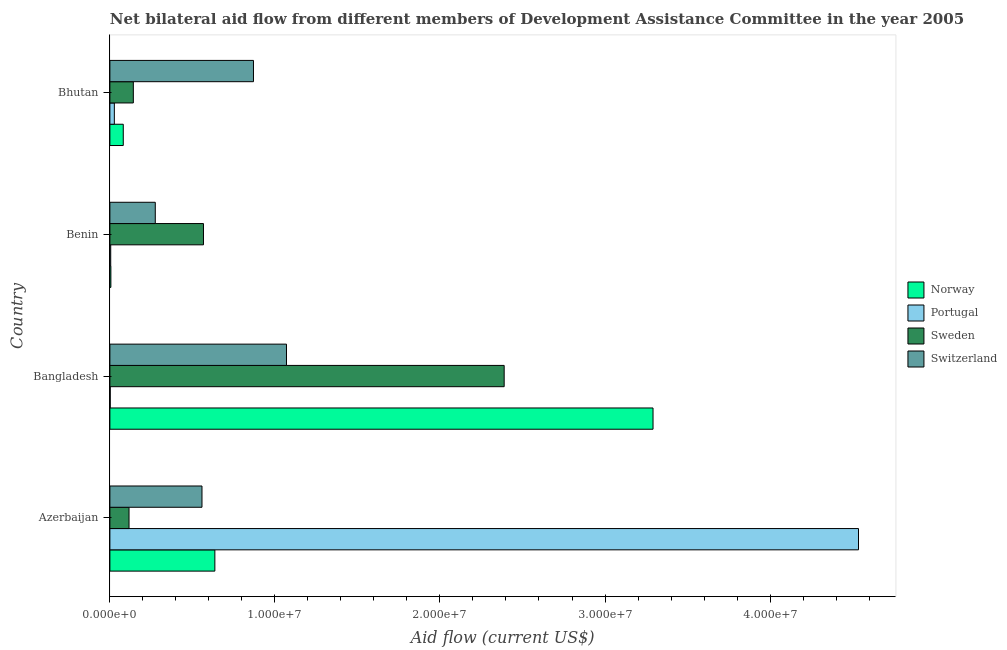
| Country | Norway | Portugal | Sweden | Switzerland |
 | --- | --- | --- | --- | --- |
 | Azerbaijan | 6.36e+06 | 4.54e+07 | 1.16e+06 | 5.58e+06 |
 | Bangladesh | 3.29e+07 | 2e+04 | 2.39e+07 | 1.07e+07 |
 | Benin | 6e+04 | 5e+04 | 5.67e+06 | 2.75e+06 |
 | Bhutan | 8.1e+05 | 2.7e+05 | 1.42e+06 | 8.7e+06 |